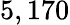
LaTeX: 5,170